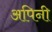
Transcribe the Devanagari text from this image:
अपिनी